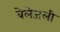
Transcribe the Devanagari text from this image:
बेलेजली